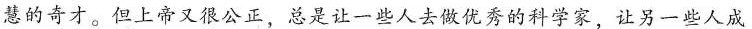
慧的奇才。但上帝又很公正，总是让一些人去做优秀的科学家，让另一些人成